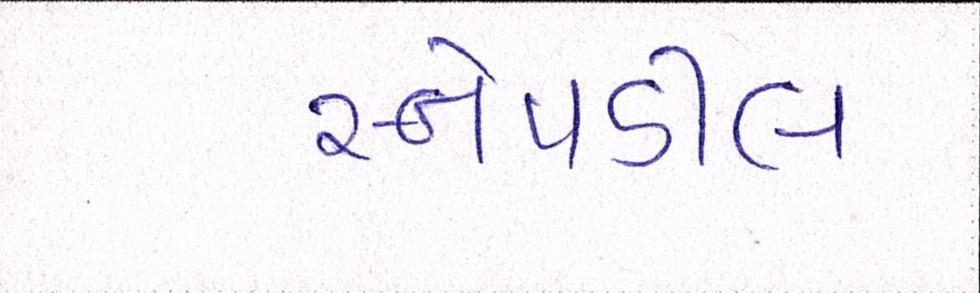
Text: સ્નેપડીલ